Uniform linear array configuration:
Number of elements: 24
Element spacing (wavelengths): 0.75
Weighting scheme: hamming
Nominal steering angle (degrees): -45
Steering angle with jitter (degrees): -43.825
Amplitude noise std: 0.05
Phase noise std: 0.05

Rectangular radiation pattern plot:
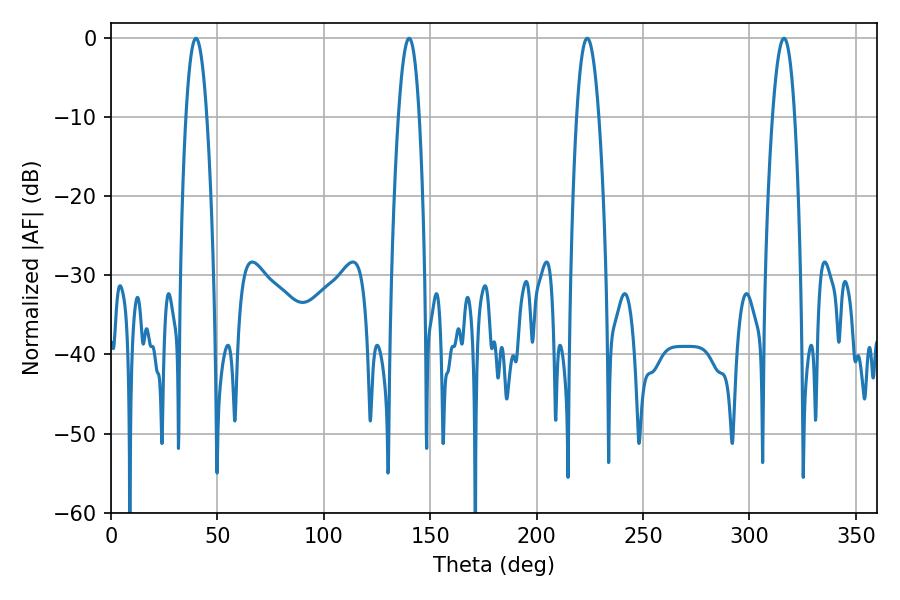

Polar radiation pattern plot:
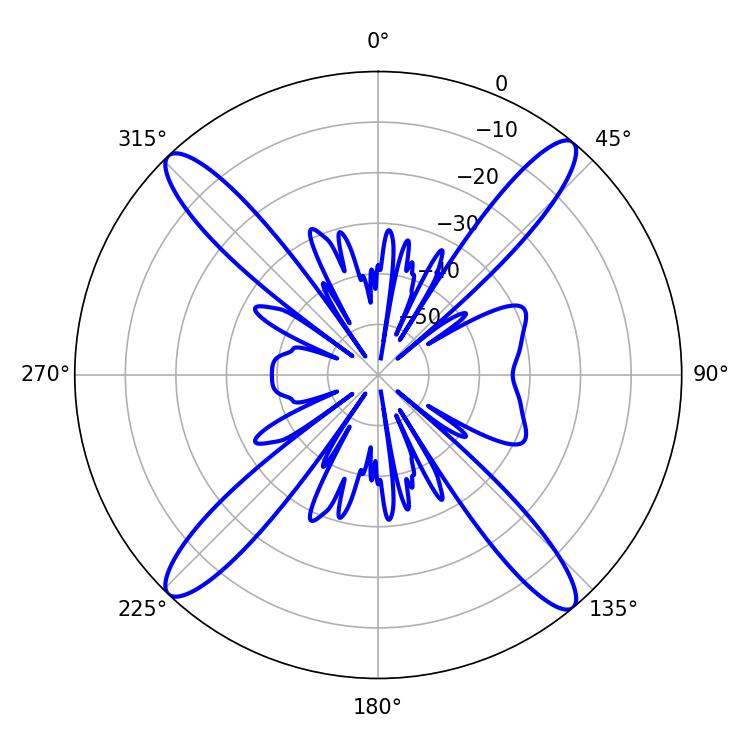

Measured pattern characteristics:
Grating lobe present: TRUE
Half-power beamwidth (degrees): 5.58
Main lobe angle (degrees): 223.74